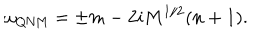
\omega _ { \mathrm { Q N M } } = \pm m - 2 i M ^ { 1 / 2 } ( n + 1 ) .